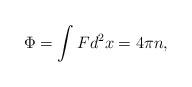
LaTeX: \begin{align*}\Phi = \int Fd^2x = 4\pi n, \end{align*}